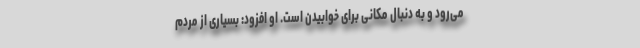
می‌رود و به دنبال مکانی برای خوابیدن است. او افزود: بسیاری از مردم